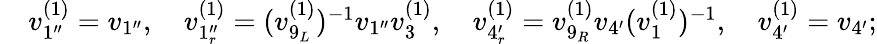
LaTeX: \begin{array}{rl}&{v_{1^{\prime\prime}}^{(1)}=v_{1^{\prime\prime}},\quad v_{1_{r}^{\prime\prime}}^{(1)}=(v_{9_{L}}^{(1)})^{-1}v_{1^{\prime\prime}}v_{3}^{(1)},\quad v_{4_{r}^{\prime}}^{(1)}=v_{9_{R}}^{(1)}v_{4^{\prime}}(v_{1}^{(1)})^{-1},\quad v_{4^{\prime}}^{(1)}=v_{4^{\prime}};}\end{array}